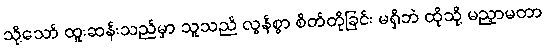
သို့သော် ထူးဆန်းသည်မှာ သူသည် လွန်စွာ စိတ်တိုခြင်း မရှိဘဲ ထိုသို့ မညှာမတာ